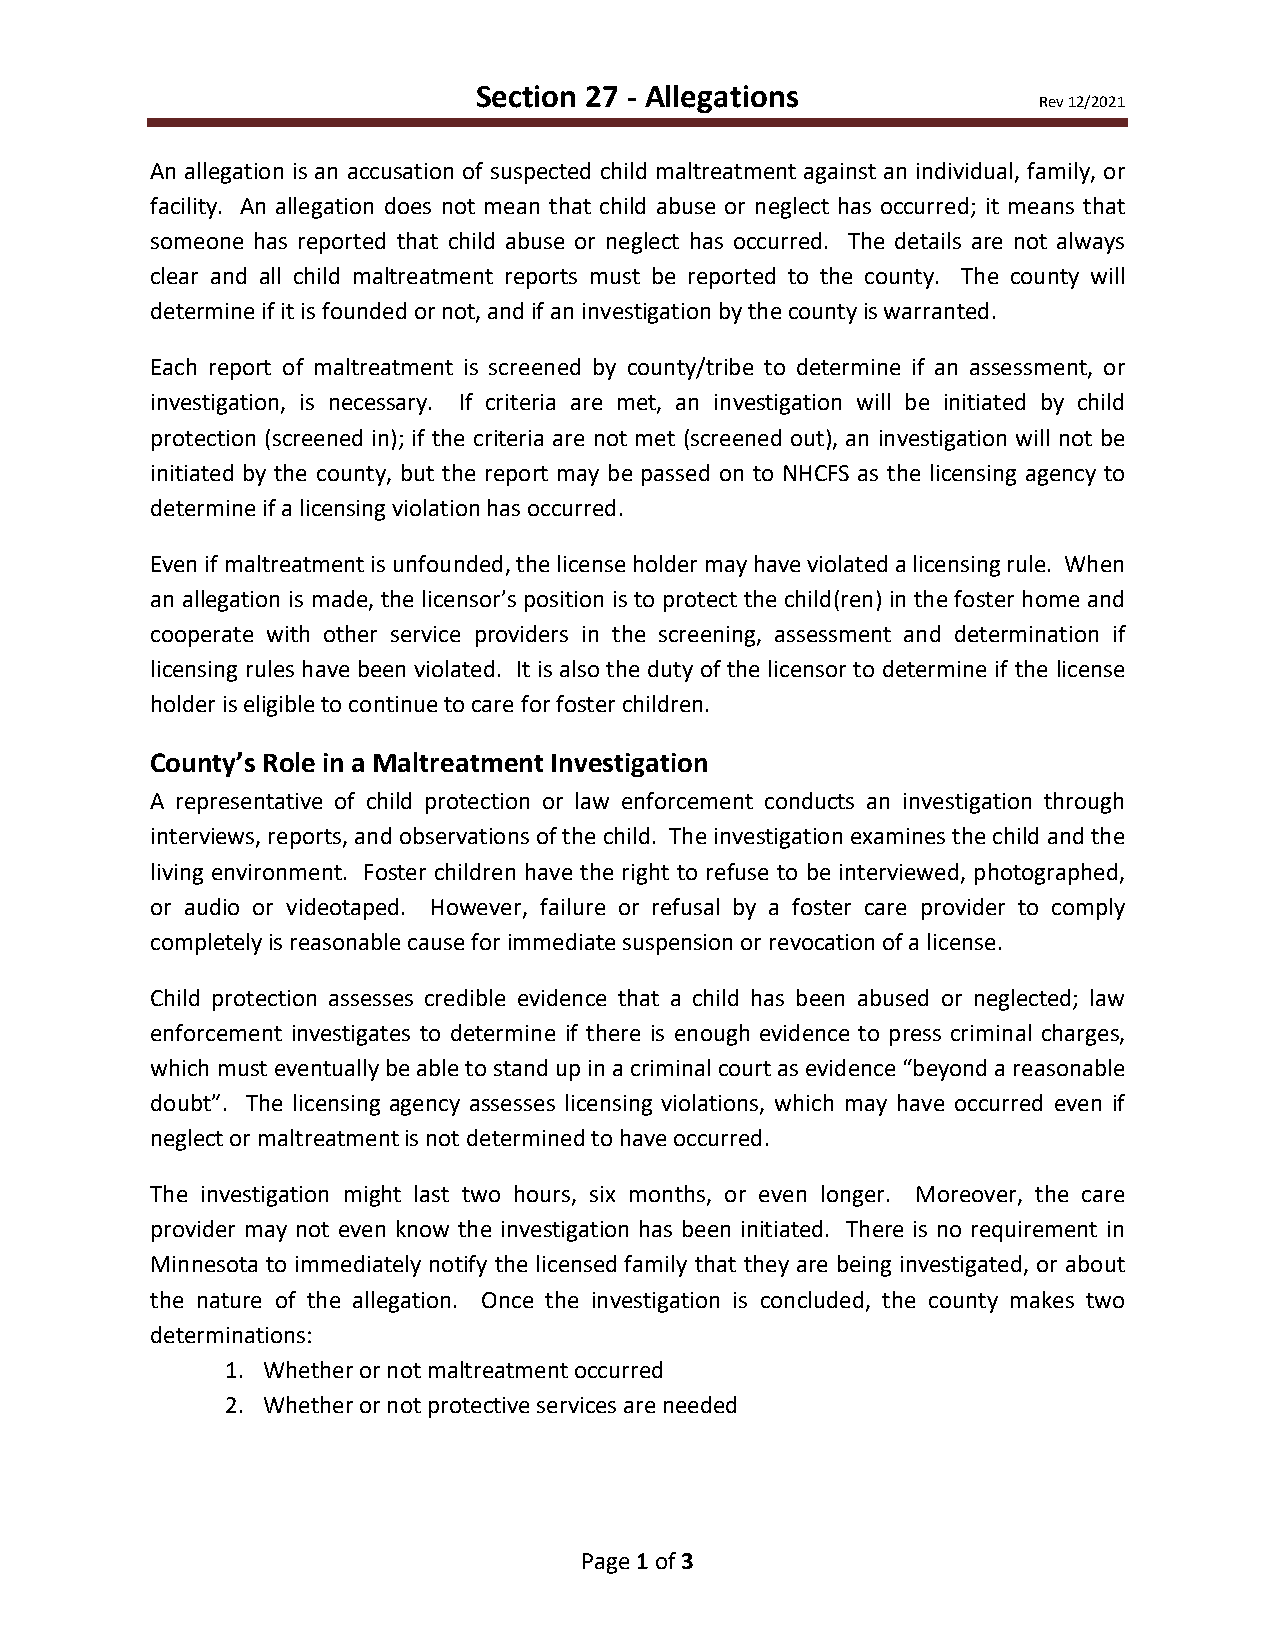
Section 27 - Allegations
 Rev 12/2021
 An allegation is an accusation of suspected child maltreatment against an individual, family, or
 facility. An allegation does not mean that child abuse or neglect has occurred; it means that
 someone has reported that child abuse or neglect has occurred. The details are not always
 clear and all child maltreatment reports must be reported to the county. The county will
 determine if it is founded or not, and if an investigation by the county is warranted.
 Each report of maltreatment is screened by county/tribe to determine if an assessment, or
 investigation, is necessary. If criteria are met, an investigation will be initiated by child
 protection (screened in); if the criteria are not met (screened out), an investigation will not be
 initiated by the county, but the report may be passed on to NHCFS as the licensing agency to
 determine if a licensing violation has occurred.
 Even if maltreatment is unfounded, the license holder may have violated a licensing rule. When
 an allegation is made, the licensor’s position is to protect the child(ren) in the foster home and
 cooperate with other service providers in the screening, assessment and determination if
 licensing rules have been violated. It is also the duty of the licensor to determine if the license
 holder is eligible to continue to care for foster children.
 County’s Role in a Maltreatment Investigation
 A representative of child protection or law enforcement conducts an investigation through
 interviews, reports, and observations of the child. The investigation examines the child and the
 living environment. Foster children have the right to refuse to be interviewed, photographed,
 or audio or videotaped. However, failure or refusal by a foster care provider to comply
 completely is reasonable cause for immediate suspension or revocation of a license.
 Child protection assesses credible evidence that a child has been abused or neglected; law
 enforcement investigates to determine if there is enough evidence to press criminal charges,
 which must eventually be able to stand up in a criminal court as evidence “beyond a reasonable
 doubt”. The licensing agency assesses licensing violations, which may have occurred even if
 neglect or maltreatment is not determined to have occurred.
 The investigation might last two hours, six months, or even longer. Moreover, the care
 provider may not even know the investigation has been initiated. There is no requirement in
 Minnesota to immediately notify the licensed family that they are being investigated, or about
 the nature of the allegation. Once the investigation is concluded, the county makes two
 determinations:
 1. Whether or not maltreatment occurred
 2. Whether or not protective services are needed
 Page 1 of 3